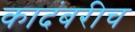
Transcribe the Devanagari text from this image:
कादंबरीच